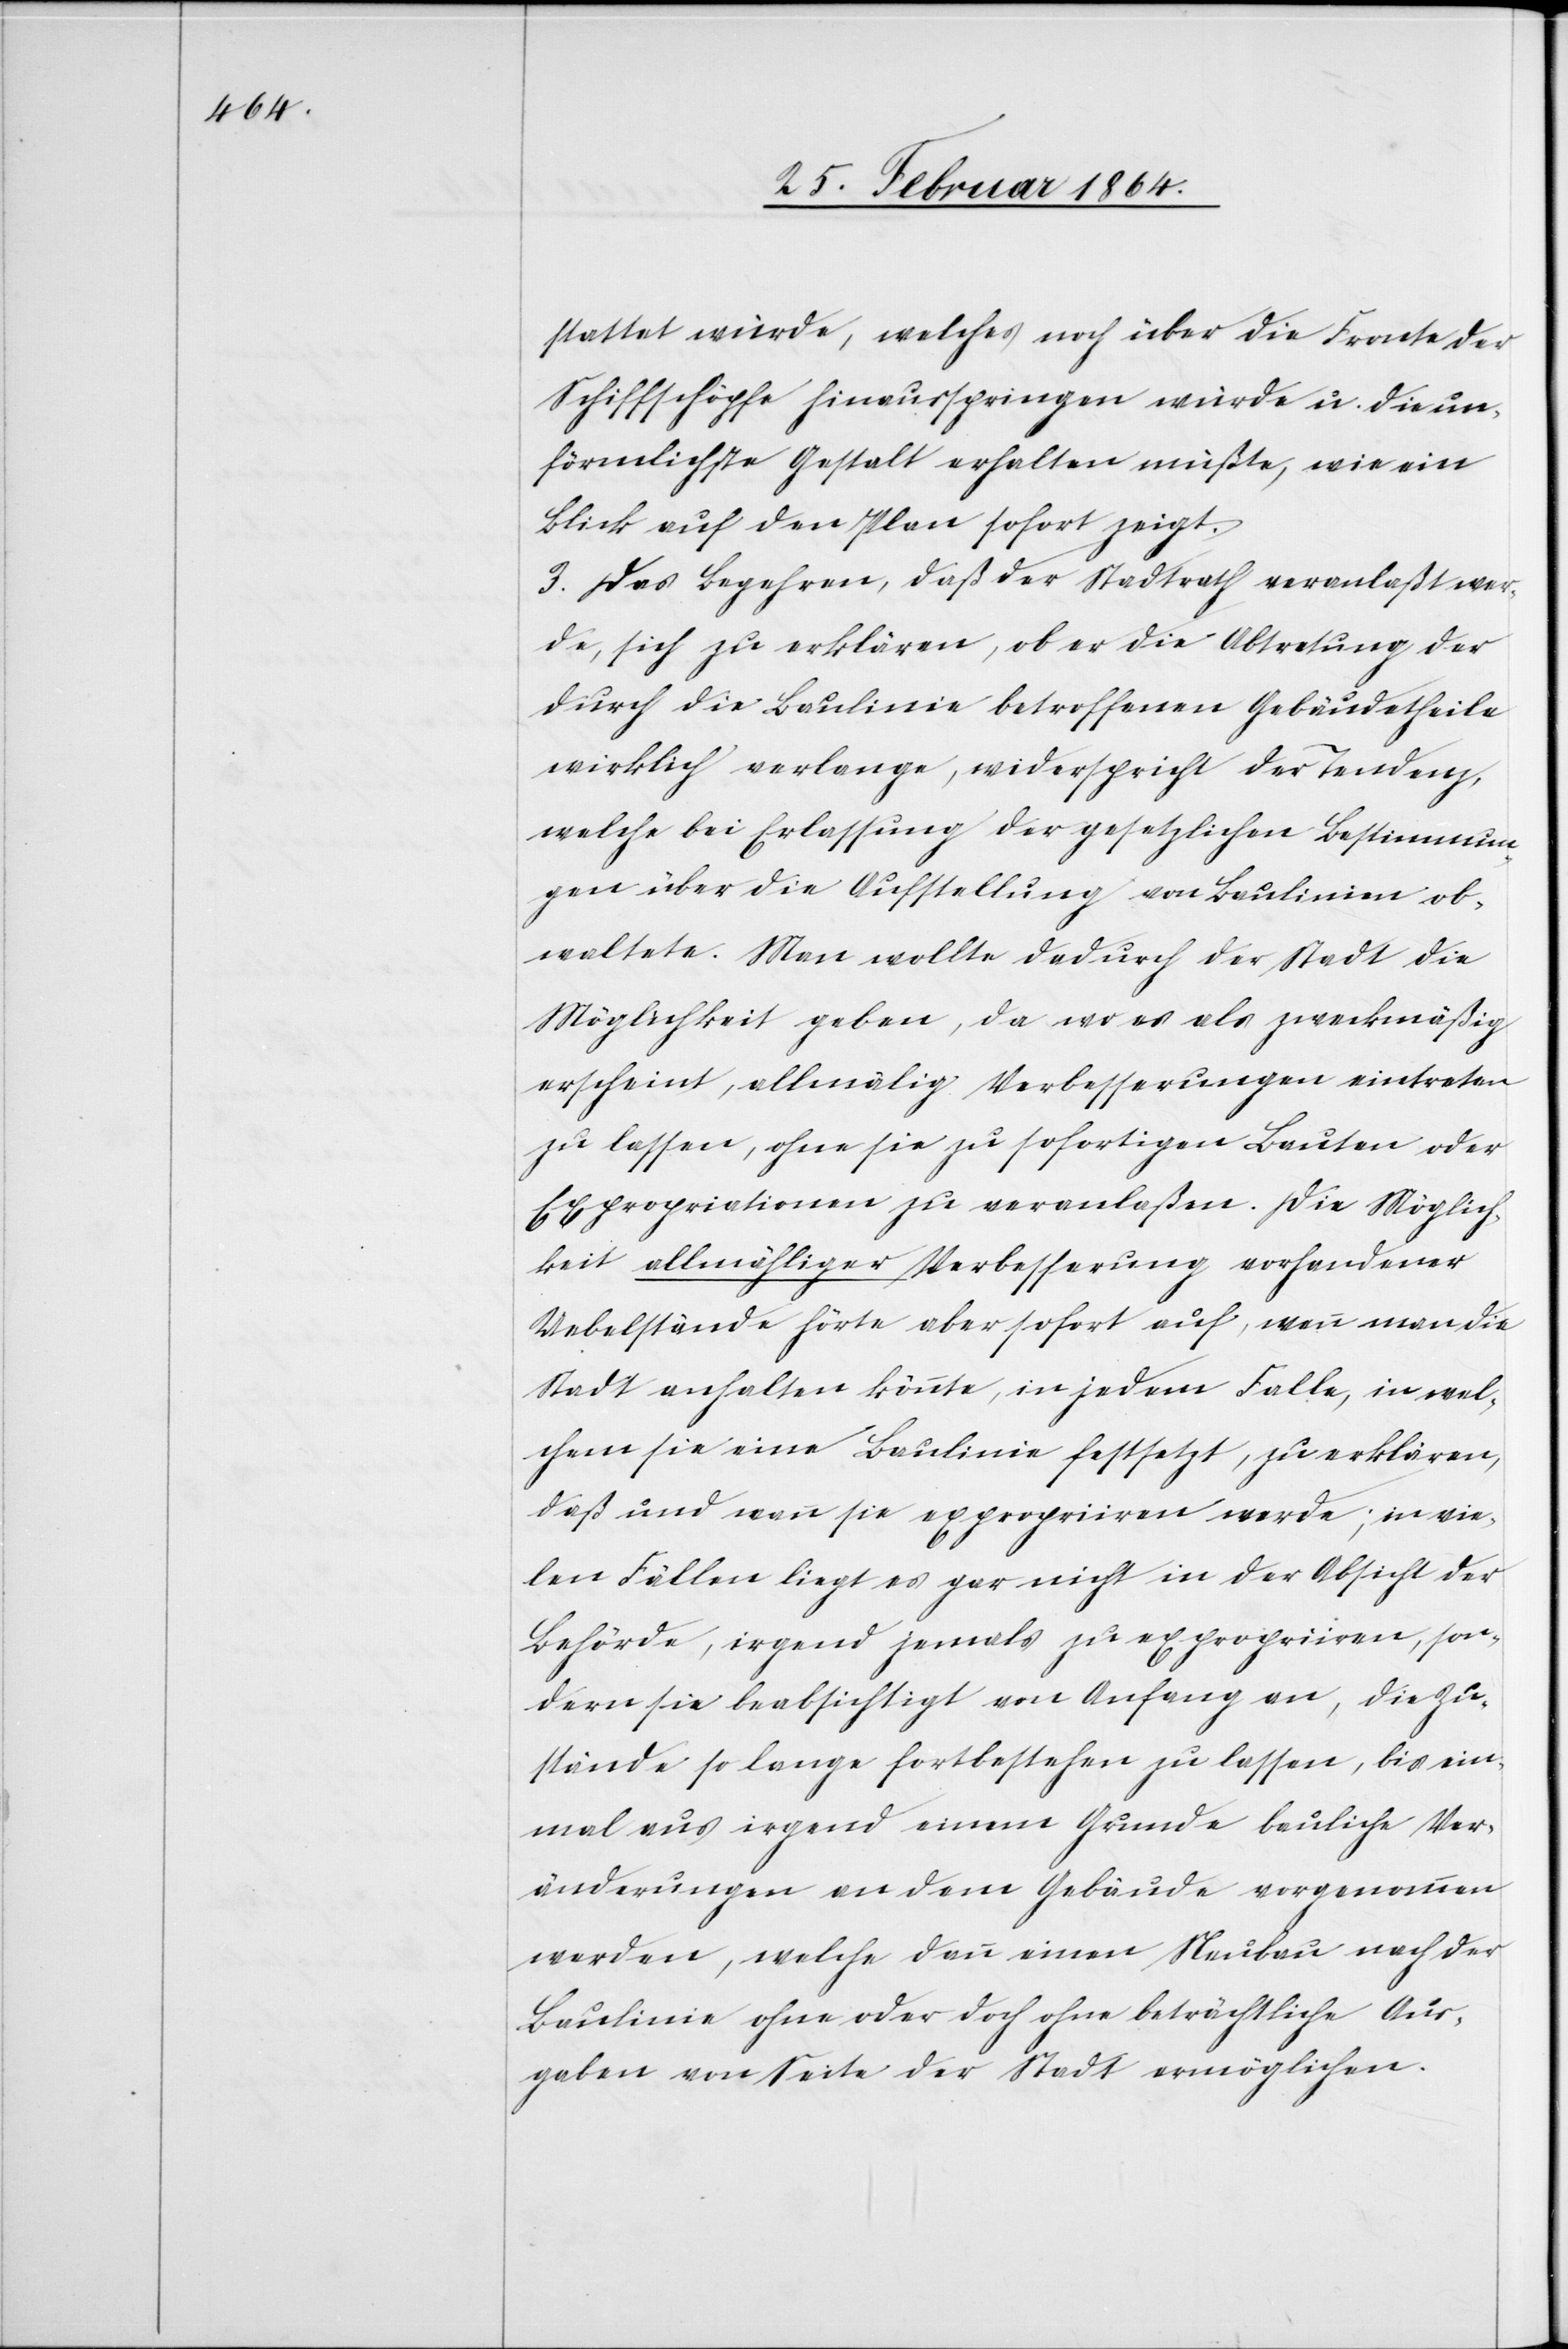
stattet würde, welches noch über die Fronte der
Schiffschipfe hinausspringen würde u. die un¬
förmlichste Gestalt erhalten müßte, wie ein
Blick auf den Plan sofort zeigt.
3. Das Begehren, daß der Stadtrath veranlaßt wer¬
de, sich zu erklären, ob er die Abtretung der
durch die Baulinie betroffenen Gebäudetheile
wirklich verlange, widerspricht der Tendenz,
welche bei Erlassung der gesetzlichen Bestimmun¬
gen über die Aufstellung von Baulinien ob¬
waltete. Man wollte dadurch der Stadt die
Möglichkeit geben, da wo es als zweckmäßig
erscheint, allmälig Verbesserungen eintreten
zu lassen, ohne sie zu sofortigen Bauten oder
Expropriationen zu veranlaßen. Die Möglich¬
keit allmähliger Verbesserung vorhandener
Uebelstände hörte aber sofort auf, wenn man die
Stadt anhalten könnte, in jedem Falle in wel¬
chem sie eine Baulinie festsetzt, zu erklären,
daß und wann sie expropriiren werde; in vie¬
len Fällen liegt es gar nicht in der Absicht der
Behörde, irgend jemals zu expropriiren, son¬
dern sie beabsichtigt von Anfang an, die Zu¬
stände so lange fortbestehen zu lassen, bis ein¬
mal aus irgend einem Grunde bauliche Ver¬
änderungen an dem Gebäude vorgenommen
werden, welche dann einen Neubau nach der
Baulinie ohne oder doch ohne beträchtliche Aus¬
gaben von Seite der Stadt ermöglichen.